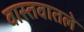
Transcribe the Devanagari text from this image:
वास्तवातले